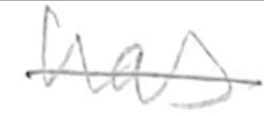
Text: has
Cross-out: single-line
Writing tool: pencil